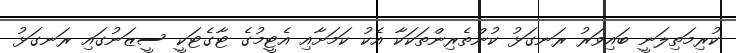
ކުރިމަތިލަނީ ބައިވަރު ރަނގަޅު ކުުންތެރިންތަކަކާ އެކު ކަމަށާއި އެޓީމުގެ ޓާގެޓަކީ ސީޒަނުގައި ރަނގަޅު